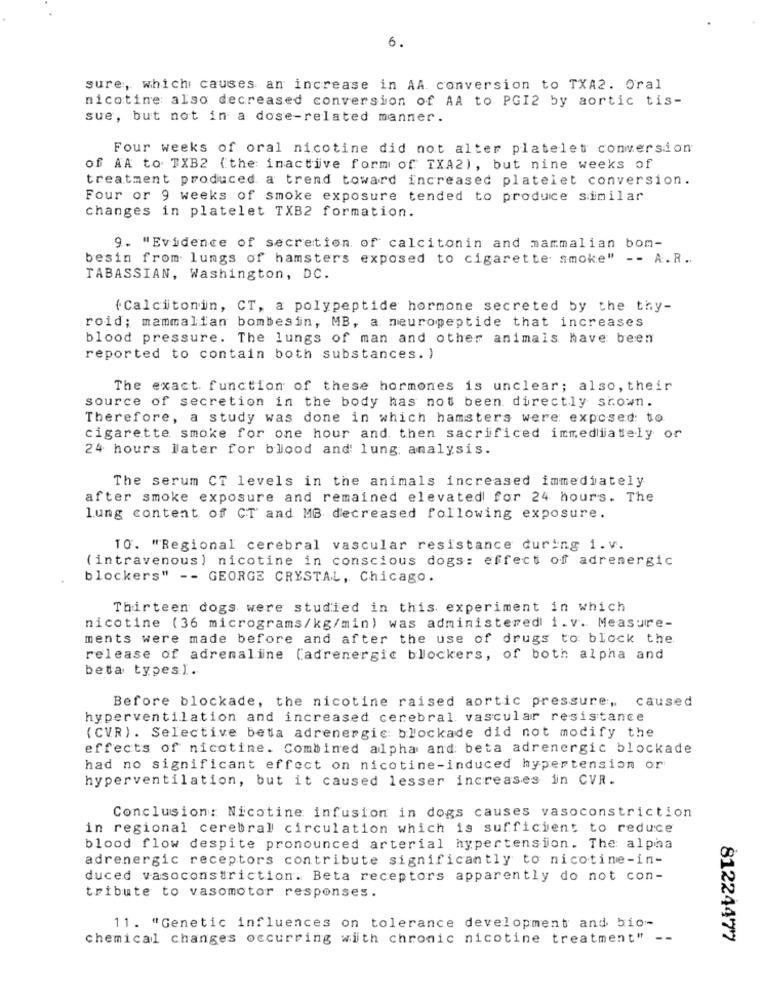
6.
sure, which causes an increase in AA conversion to TXA2. Oral
nicotine also decreased conversion of AA to PGI2 by aortic tis-
sue, but not in a dose-related manner.
Four weeks of oral nicotine did not alter platelet conversion
of AA to TXB2 (the inactive form of TXA2), but nine weeks of
treatment produced a trend toward increased platelet conversion.
Four or 9 weeks of smoke exposure tended to produce similar
changes in platelet TXB2 formation.
9. "Evidence of secretion of calcitonin and mammalian bom-
besin from lungs of hamsters exposed to cigarette smoke" -- A.R ..
TABASSIAN, Washington, DC.
{ Calcitonin, CT, a polypeptide hormone secreted by the thy-
roid; mammalian bombesin, MB, a neuropeptide that increases
blood pressure. The lungs of man and other animals have been
reported to contain both substances. )
The exact function of these hormones is unclear; also, their
source of secretion in the body has not been directly shown.
Therefore, a study was done in which hamsters were exposed to
cigarette smoke for one hour and then sacrificed immediately or
24 hours later for blood and lung: analysis.
The serum CT levels in the animals increased immediately
after smoke exposure and remained elevated for 24 hours. The
lung content of CT and MB decreased following exposure.
10. "Regional cerebral vascular resistance during 1.V.
(intravenous ) nicotine in conscious dogs: effect of adrenergic
blockers" -- GEORGE CRYSTAL, Chicago.
Thirteen dogs were studied in this experiment in which
nicotine (36 micrograms/kg/min) was administered i.v. Measure-
ments were made before and after the use of drugs to block the.
release of adrenaline (adrenergic blockers, of both alpha and
beta typesI.
Before blockade, the nicotine raised aortic pressure, caused
hyperventilation and increased cerebral vascular resistance
(CVR). Selective beta adrenergic blockade did not modify the
effects of nicotine. Combined alpha and: beta adrenergic blockade
had no significant effect on nicotine-induced hypertension or
hyperventilation, but it caused lesser increases in CVR.
Conclusion: Nicotine infusion in dogs causes vasoconstriction
in regional cerebral circulation which is sufficient to reduce
blood flow despite pronounced arterial hypertension. The alpha
adrenergic receptors contribute significantly to nicotine-in-
duced vasoconstriction. Beta receptors apparently do not con-
tribute to vasomotor responses.
11. "Genetic influences on tolerance development and bio-
chemical changes occurring with chronic nicotine treatment" --
81224477